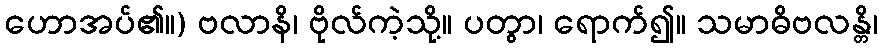
ဟောအပ်၏။) ဗလာနိ၊ ဗိုလ်ကဲ့သို့။ ပတွာ၊ ရောက်၍။ သမာဓိဗလန္တိ၊